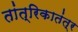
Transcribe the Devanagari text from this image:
तांत्रिकातंत्र